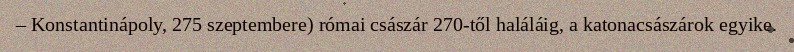
– Konstantinápoly, 275 szeptembere) római császár 270-től haláláig, a katonacsászárok egyike.